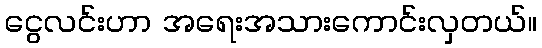
ငွေလင်းဟာ အရေးအသားကောင်းလှတယ်။